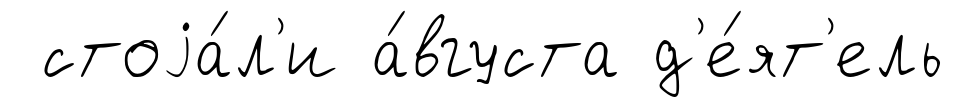
стоjа́л'и а́вгуста д'е́ят'ель